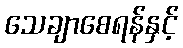
သေချာစေရန်နှင့်